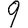
Digit: 9